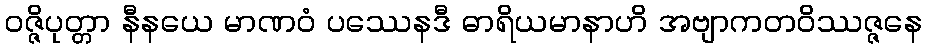
ဝဇ္ဇိပုတ္တာ နီနယေ မာဏဝံ ပဿေနဒီ ဓာရိယမာနာဟိ အဗျာကတဝိဿဇ္ဇနေ